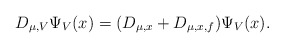
\begin{align*}D_{\mu,V}\Psi_{V}(x)= (D_{\mu,x}+D_{\mu,x,f})\Psi_{V}(x).\end{align*}